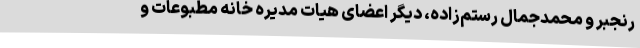
رنجبر و محمدجمال رستم‌زاده، دیگر اعضای هیات مدیره خانه مطبوعات و